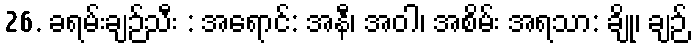
26. ခရမ်းချဉ်သီး : အရောင်: အနီ၊ အဝါ၊ အစိမ်း အရသာ: ချို၊ ချဉ်